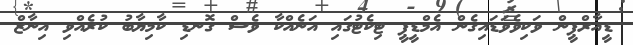
ޑީއާރްޕީން ވަކިވެވަޑައިގެން އެމްޑީޕީ ޓިކެޓުގައި އަނެއްކާ ވެސް ގޮނޑި ކާމިޔާބު ކުރެއްވި އިނާޒް